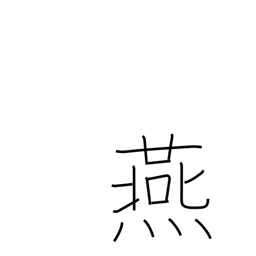
Meaning: swallow (bird)